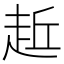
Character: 𧻁